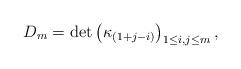
LaTeX: \begin{align*}D_m = \det\left( \kappa_{(1+j-i)} \right)_{1 \leq i, j \leq m},\end{align*}